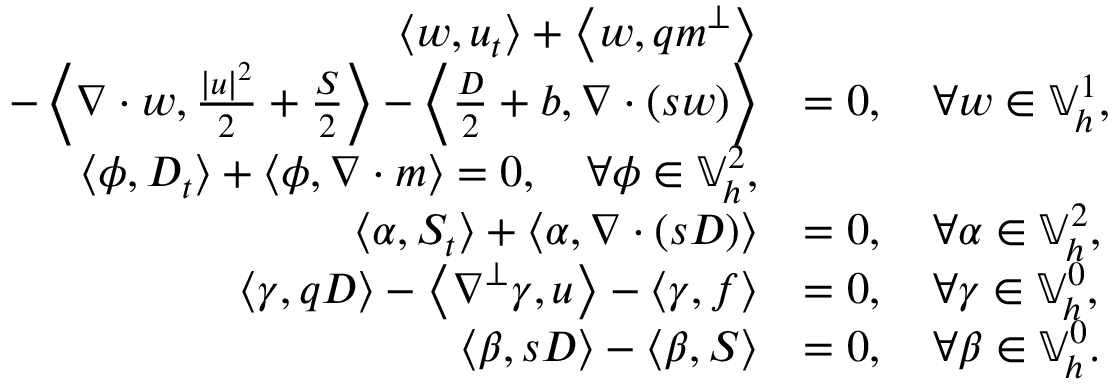
\begin{array} { r l } { \left\langle w , u _ { t } \right\rangle + \left\langle w , q m ^ { \perp } \right\rangle } & { } \\ { \quad - \left\langle \nabla \cdot w , \frac { | u | ^ { 2 } } { 2 } + \frac { S } { 2 } \right\rangle - \left\langle \frac { D } { 2 } + b , \nabla \cdot \left( s w \right) \right\rangle } & { = 0 , \quad \forall w \in \mathbb { V } _ { h } ^ { 1 } , } \\ { \left\langle \phi , D _ { t } \right\rangle + \left\langle \phi , \nabla \cdot m \right\rangle = 0 , \quad \forall \phi \in \mathbb { V } _ { h } ^ { 2 } , } \\ { \left\langle \alpha , S _ { t } \right\rangle + \left\langle \alpha , \nabla \cdot ( s D ) \right\rangle } & { = 0 , \quad \forall \alpha \in \mathbb { V } _ { h } ^ { 2 } , } \\ { \left\langle \gamma , q D \right\rangle - \left\langle \nabla ^ { \perp } \gamma , u \right\rangle - \left\langle \gamma , f \right\rangle } & { = 0 , \quad \forall \gamma \in \mathbb { V } _ { h } ^ { 0 } , } \\ { \left\langle \beta , s D \right\rangle - \left\langle \beta , S \right\rangle } & { = 0 , \quad \forall \beta \in \mathbb { V } _ { h } ^ { 0 } . } \end{array}